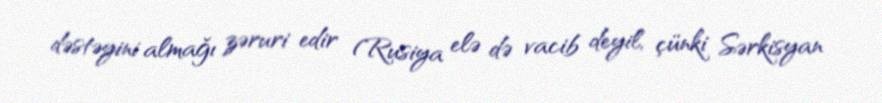
dəstəyini almağı zəruri edir (Rusiya elə də vacib deyil, çünki Sərkisyan